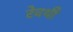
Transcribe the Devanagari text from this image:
रेवथी